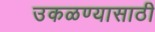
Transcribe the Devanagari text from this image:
उकळण्यासाठी